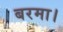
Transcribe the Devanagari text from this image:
बरमा।